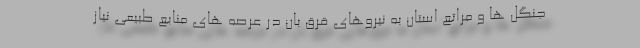
جنگل ها و مراتع استان به نیروهای قرق بان در عرصه های منابع طبیعی نیاز